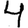
Digit: 4